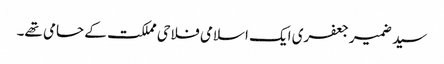
سید ضمیر جعفری ایک اسلامی فلاحی مملکت کے حامی تھے۔